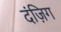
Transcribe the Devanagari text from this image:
दंज़िग